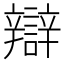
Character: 辯